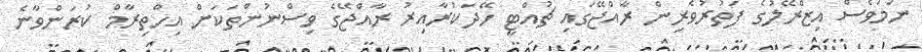
ނަމަވެސް އިޒްރޭލުގެ ފަތުރުވެރިން ރާއްޖޭގައި ޗުއްޓީ ހޭދަކުރާއިރު ރާއްޖޭގެ ވިސްނުންތަކަށް އިހްތިރާމް ކުރަންވާނެ